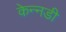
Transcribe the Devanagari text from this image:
केन्नडी